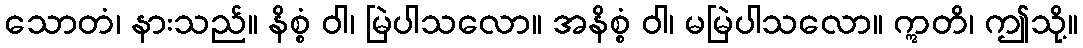
သောတံ၊ နားသည်။ နိစ္စံ ဝါ၊ မြဲပါသလော။ အနိစ္စံ ဝါ၊ မမြဲပါသလော။ ဣတိ၊ ဤသို့။